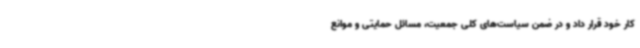
کار خود قرار داد و در ضمن سیاست‌های کلی جمعیت، مسائل حمایتی و موانع